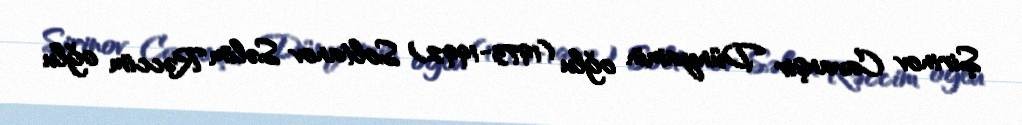
Şirinov Cavanşir Dünyamin oğlu (1973-1992) Soltanov Səlim Rəccim oğlu